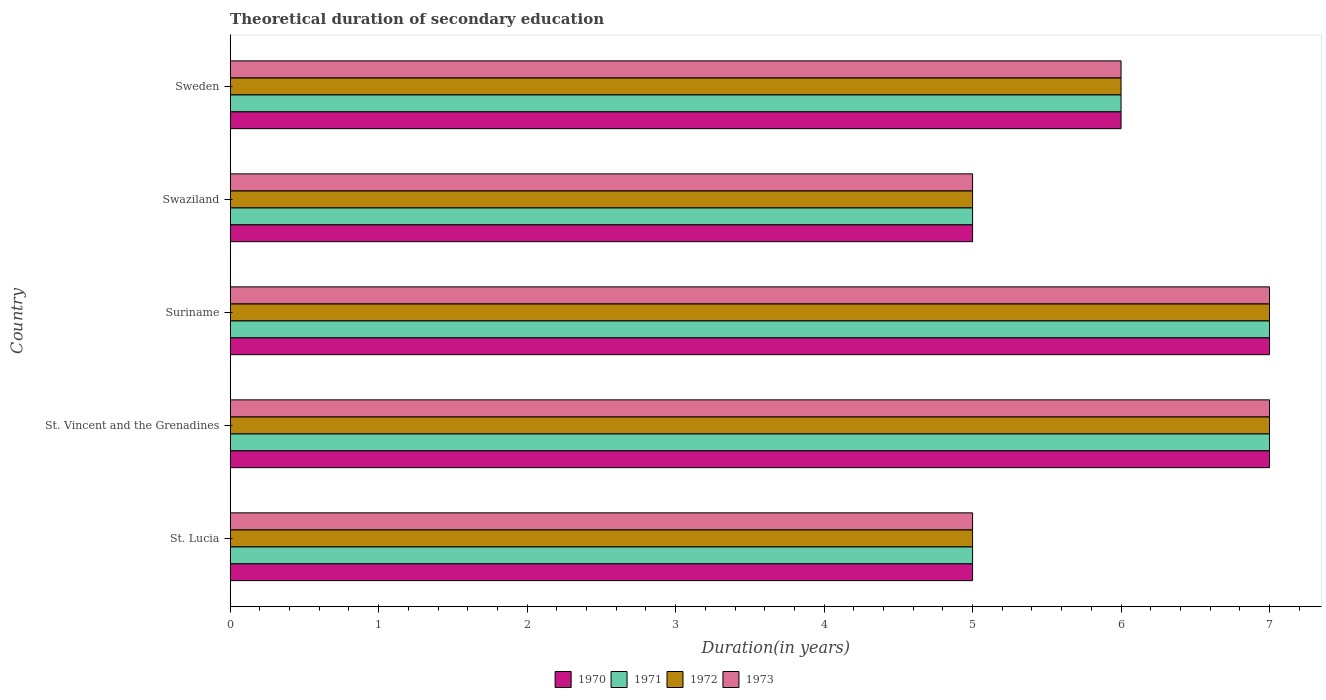
| Country | 1970 | 1971 | 1972 | 1973 |
 | --- | --- | --- | --- | --- |
 | St. Lucia | 5 | 5 | 5 | 5 |
 | St. Vincent and the Grenadines | 7 | 7 | 7 | 7 |
 | Suriname | 7 | 7 | 7 | 7 |
 | Swaziland | 5 | 5 | 5 | 5 |
 | Sweden | 6 | 6 | 6 | 6 |